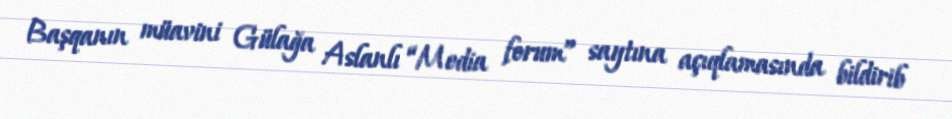
Başqanın müavini Gülağa Aslanlı “Media forum” saytına açıqlamasında bildirib